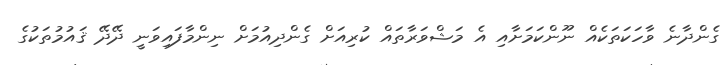
ގެންދާނެ ވާހަކަތަކެއް ނޫންކަމަށާއި އެ މަޝްވަރާތައް ކުރިއަށް ގެންދިއުމަށް ނިންމާފައިވަނީ ދޭދޭ ޤައުމުތަކުގެ